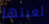
لعبتها